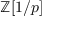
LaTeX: \mathbb { Z } [ 1 / p ]